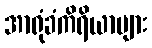
အာရုံခံကိရိယာများ